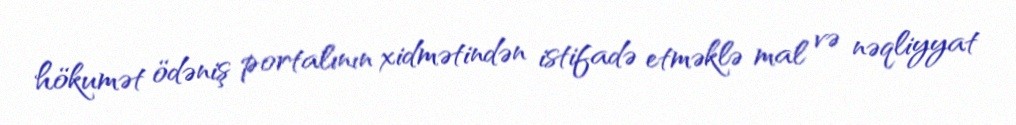
hökumət ödəniş portalının xidmətindən istifadə etməklə mal və nəqliyyat